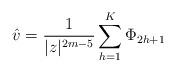
LaTeX: \begin{align*}\hat{v}=\frac{1}{|z|^{2m-5}}\sum_{h=1}^{K}\Phi_{2h+1} \end{align*}